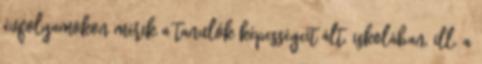
évfolyamokon mérik a tanulók képességeit ált. iskolában, ill. a